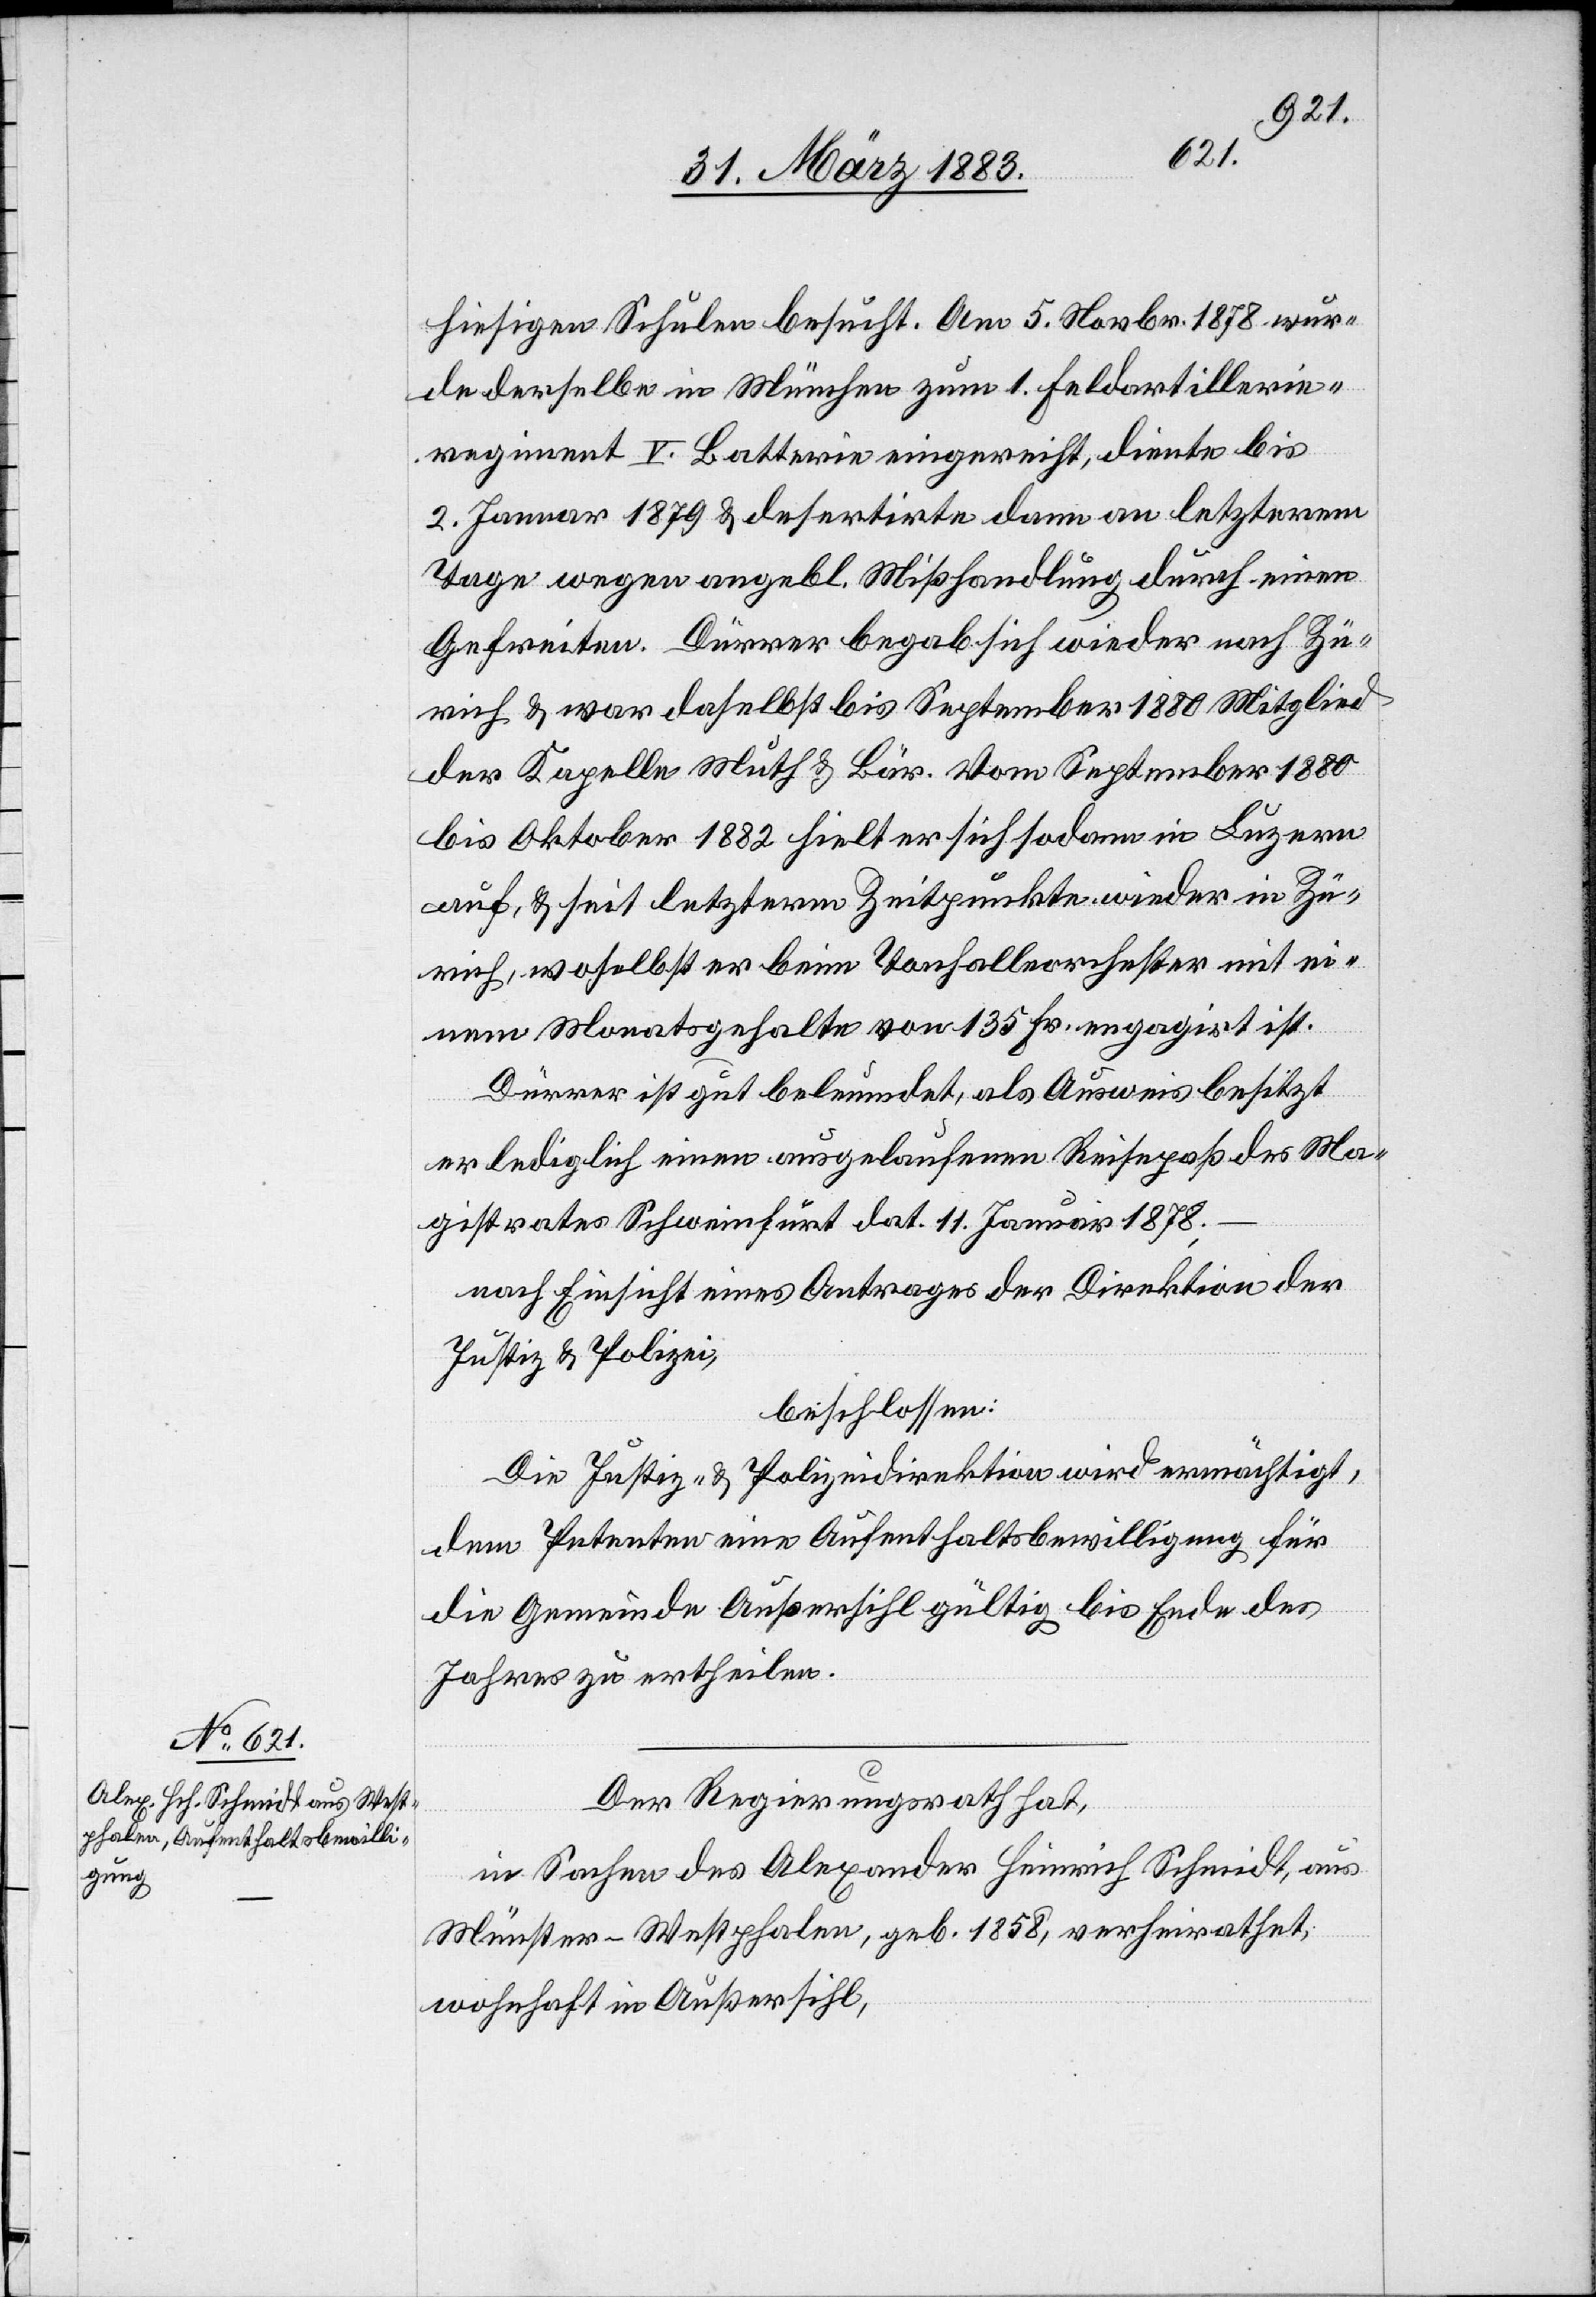
hiesigen Schulen besucht. Am 5. Novbr. 1878 wur¬
de derselbe in München zum 1. Feldartillerie¬
regiment V. Batterie eingereiht, diente bis
2. Januar 1879 & desertirte dann an letzterem
Tage wegen angebl. Mißhandlung durch einen
Gefreiten. Dürrer begab sich wieder nach Zü¬
rich & war daselbst bis September 1880 Mitglied
der Kapelle Muth & Bär. Vom September 1880
bis Oktober 1882 hielt er sich sodann in Luzern
auf, & seit letzterm Zeitpunkte wieder in Zü¬
rich, woselbst er beim Tonhalleorchester mit ei¬
nem Monatsgehalte von 135 Fr. engagirt ist.
Dürrer ist gut beleumdet, als Ausweis besitzt
er lediglich einen ausgelaufenen Reisepaß des Ma¬
gistrates Schweinfurt dat. 11. Januar 1878;
nach Einsicht eines Antrages der Direktion der
Justiz & Polizei,
beschlossen:
Die Justiz- & Polizeidirektion wird ermächtigt,
dem Petenten eine Aufenthaltsbewilligung für
die Gemeinde Außersihl gültig bis Ende des
Jahres zu ertheilen.
Der Regierungsrath hat,
in Sachen des Alexander Heinrich Schmidt, aus
Münster - Westphalen, geb. 1858, verheirathet,
wohnhaft in Außersihl,